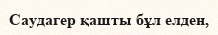
Саудагер қашты бұл елден,